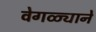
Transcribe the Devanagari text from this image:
वेगळ्याने